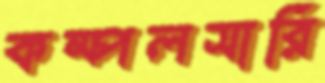
কম্পলসারি